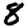
Digit: 8